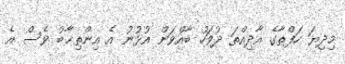
މިދިޔަ ހަފްތާގެ އާދިއްތަ ދުވަހު ބާއްވަން އުޅުނު އެ އިންތިޚާބު ވެސް އެ